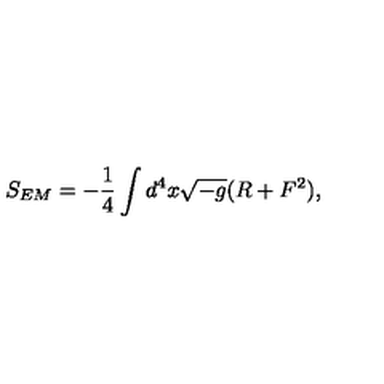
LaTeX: S _ { E M } = - { \frac { 1 } { 4 } } \int d ^ { 4 } x \sqrt { - g } ( R + F ^ { 2 } ) ,